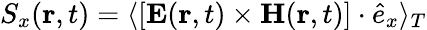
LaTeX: S_{x}({\mathbf r,t})=\langle[{\mathbf E}({\mathbf r,t})\times{\mathbf H}({\mathbf r,t})]\cdot\hat{e}_{x}\rangle_{T}